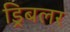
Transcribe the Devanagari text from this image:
ड्रिबलर